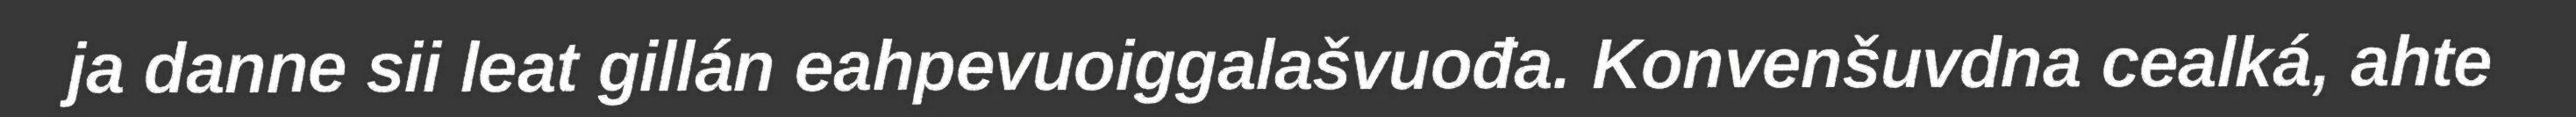
ja danne sii leat gillán eahpevuoiggalašvuođa. Konvenšuvdna cealká, ahte